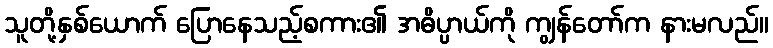
သူတို့နှစ်ယောက် ပြောနေသည့်စကား၏ အဓိပ္ပာယ်ကို ကျွန်တော်က နားမလည်။